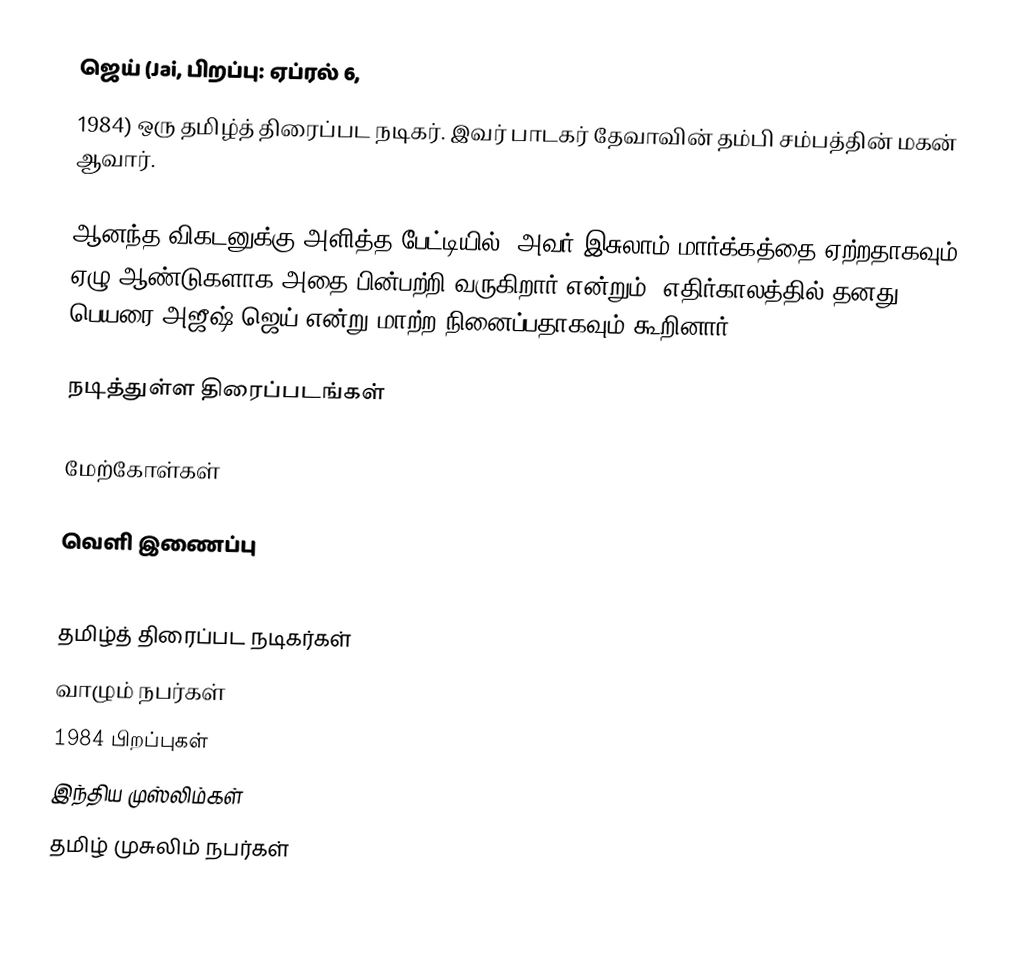
ஜெய் (Jai, பிறப்பு: ஏப்ரல் 6,
1984) ஒரு தமிழ்த் திரைப்பட நடிகர். இவர் பாடகர் தேவாவின் தம்பி சம்பத்தின் மகன் ஆவார்.

ஆனந்த விகடனுக்கு அளித்த பேட்டியில், அவர் இசுலாம் மார்க்கத்தை ஏற்றதாகவும், ஏழு ஆண்டுகளாக அதை பின்பற்றி வருகிறார் என்றும், எதிர்காலத்தில் தனது பெயரை அஜீஷ் ஜெய் என்று மாற்ற நினைப்பதாகவும் கூறினார்.

நடித்துள்ள திரைப்படங்கள்

மேற்கோள்கள்

வெளி இணைப்பு

தமிழ்த் திரைப்பட நடிகர்கள்
வாழும் நபர்கள்
1984 பிறப்புகள்
இந்திய முஸ்லிம்கள்
தமிழ் முசுலிம் நபர்கள்